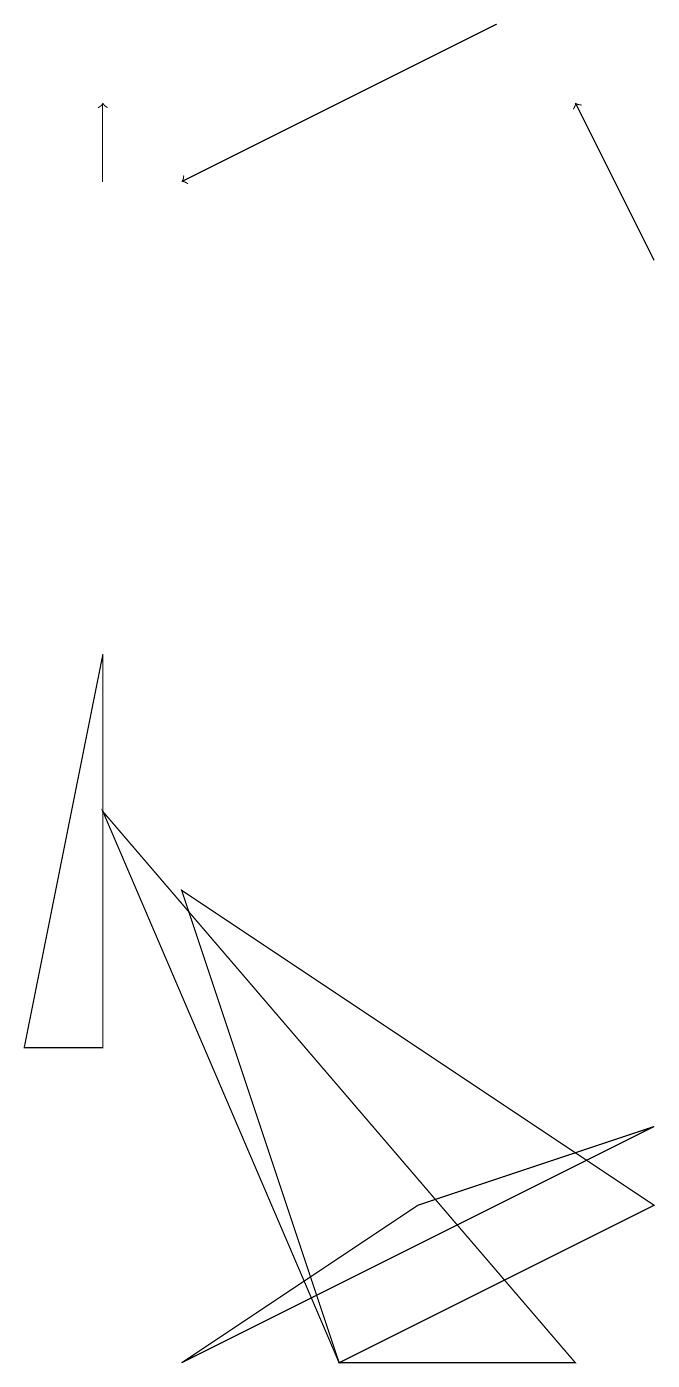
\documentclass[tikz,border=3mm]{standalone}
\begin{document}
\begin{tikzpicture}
\draw[->] (7,17) -- (3,15);
\draw (2,9) -- (1,4) -- (2,4) -- cycle;
\draw (3,0) -- (6,2) -- (9,3) -- cycle;
\draw[->] (2,15) -- (2,16);
\draw[->] (9,14) -- (8,16);
\draw (9,2) -- (5,0) -- (3,6) -- cycle;
\draw (5,0) -- (2,7) -- (8,0) -- cycle;
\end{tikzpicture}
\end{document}